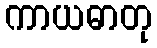
ကာယဓာတု